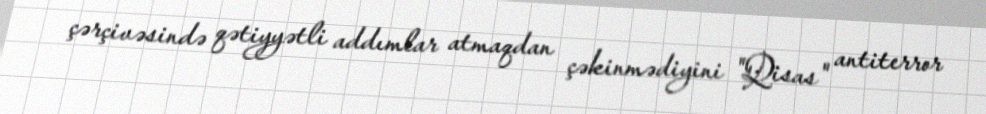
çərçivəsində qətiyyətli addımlar atmaqdan çəkinmədiyini "Qisas" antiterror